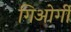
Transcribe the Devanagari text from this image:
गिओर्गी